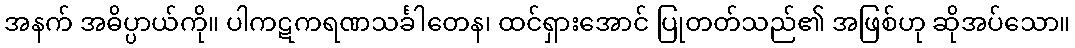
အနက် အဓိပ္ပာယ်ကို။ ပါကဋကရဏသင်္ခါတေန၊ ထင်ရှားအောင် ပြုတတ်သည်၏ အဖြစ်ဟု ဆိုအပ်သော။